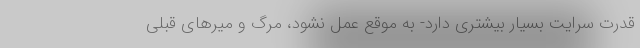
قدرت سرایت بسیار بیشتری دارد- به موقع عمل نشود، مرگ و میرهای قبلی